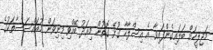
މަޖިލީހަށް ބަލައިގެންފައިވާ އެ އިސްލާހާ ގުޅޭ ގޮތުން މިއަދު ބޭއްވި މިނިވަން މުއައްސަސާތަކުގެ